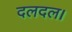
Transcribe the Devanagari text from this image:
दलदल।